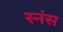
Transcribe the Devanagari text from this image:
स्नंस